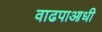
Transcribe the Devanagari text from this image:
वाढपाआधी